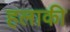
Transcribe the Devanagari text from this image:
हलाकी